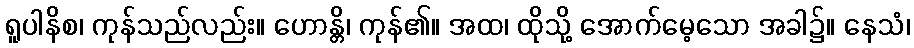
ရူပါနိစ၊ ကုန်သည်လည်း။ ဟောန္တိ၊ ကုန်၏။ အထ၊ ထိုသို့ အောက်မေ့သော အခါ၌။ နေသံ၊